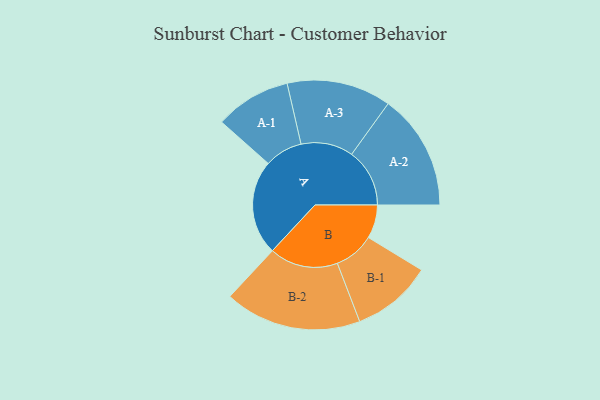
{"axis": {"x": "Segment", "y": "Value"}, "legend": ["", "A", "B"], "data": [{"x": "A", "y": 407, "type": ""}, {"x": "B", "y": 144, "type": ""}, {"x": "A-1", "y": 163, "type": "A"}, {"x": "A-2", "y": 249, "type": "A"}, {"x": "A-3", "y": 224, "type": "A"}, {"x": "B-1", "y": 173, "type": "B"}, {"x": "B-2", "y": 294, "type": "B"}]}